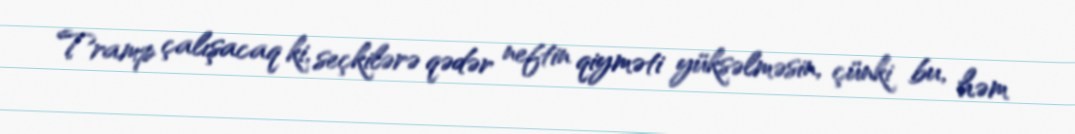
Tramp çalışacaq ki, seçkilərə qədər neftin qiyməti yüksəlməsin, çünki bu, həm